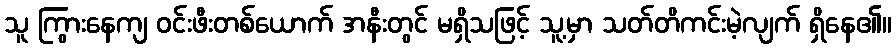
သူ ကြွားနေကျ ဝင်းဖီးတစ်ယောက် အနီးတွင် မရှိသဖြင့် သူ့မှာ သတ်တိကင်းမဲ့လျက် ရှိနေ၏။